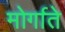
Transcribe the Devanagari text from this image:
मोर्गाते